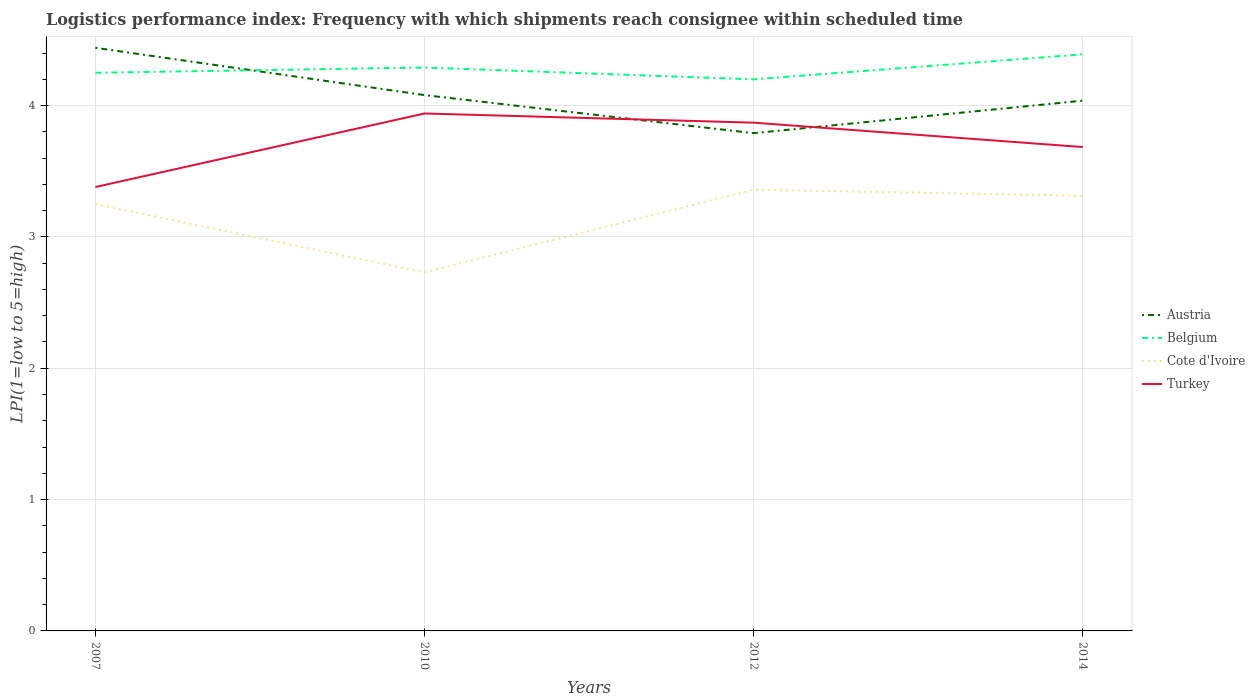
| Years | Austria | Belgium | Cote d'Ivoire | Turkey |
 | --- | --- | --- | --- | --- |
 | 2007 | 4.44 | 4.25 | 3.25 | 3.38 |
 | 2010 | 4.08 | 4.29 | 2.73 | 3.94 |
 | 2012 | 3.79 | 4.2 | 3.36 | 3.87 |
 | 2014 | 4.04 | 4.39 | 3.31 | 3.68 |